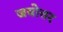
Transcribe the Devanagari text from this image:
जयोत्तर